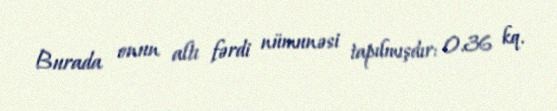
Burada onun altı fərdi nümunəsi tapılmışdır: 0.36 kq.